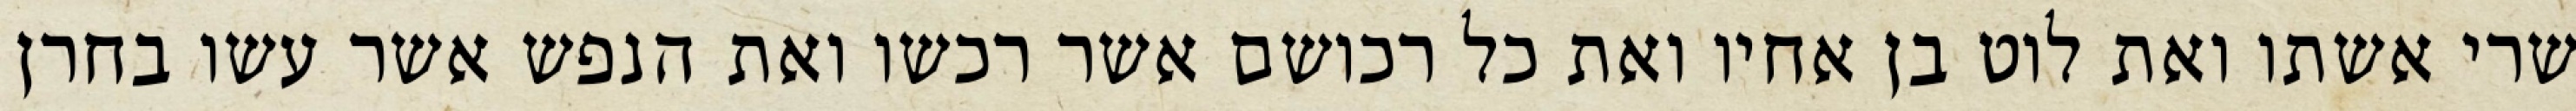
שרי אשתו ואת לוט בן אחיו ואת כל רכושם אשר רכשו ואת הנפש אשר עשו בחרן